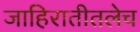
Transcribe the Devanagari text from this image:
जाहिरातीतलेच